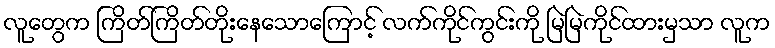
လူတွေက ကြိတ်ကြိတ်တိုးနေသောကြောင့် လက်ကိုင်ကွင်းကို မြဲမြဲကိုင်ထားမှသာ လူက